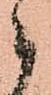
被